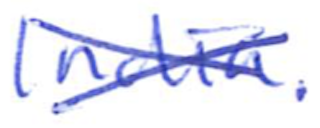
Text: India.
Cross-out: mix
Writing tool: ballpoint